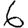
Digit: 6